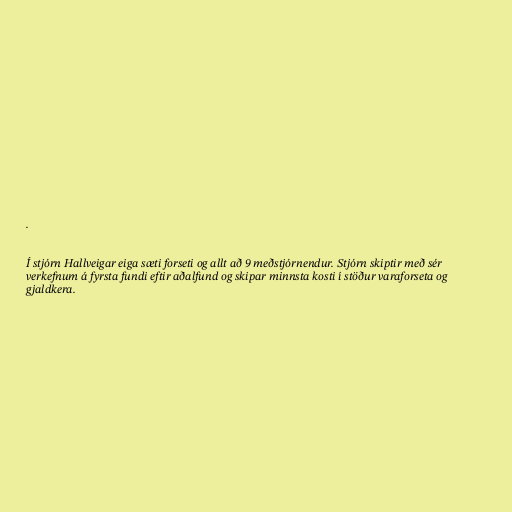
.

Í stjórn Hallveigar eiga sæti forseti og allt að 9 meðstjórnendur. Stjórn skiptir með sér
verkefnum á fyrsta fundi eftir aðalfund og skipar minnsta kosti í stöður varaforseta og
gjaldkera.